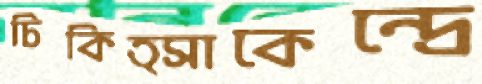
চিকিত্সাকেন্দ্রে